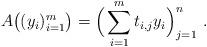
LaTeX: \begin{align*} A \big((y_i)_{i=1}^m\big) = \Big(\sum_{i=1}^m t_{i,j} y_i\Big)_{j=1}^n\ . \end{align*}